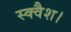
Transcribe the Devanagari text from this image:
स्क्वैश।